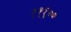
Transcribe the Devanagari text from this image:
१११००